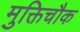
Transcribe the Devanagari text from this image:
मुक्तिचौक